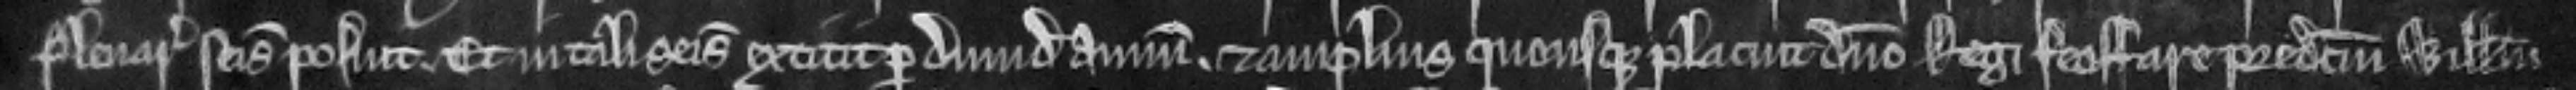
plenaria seisina posuit. Et in tali seisina extitit per dimidium annum. et amplius quousque placuit domino Regi feoffare predictum Willelmum